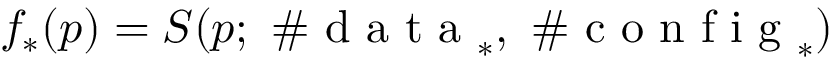
f _ { * } ( p ) = S ( p ; \mathrm { ~ \# ~ d ~ a ~ t ~ a ~ } _ { * } , \mathrm { ~ \# ~ c ~ o ~ n ~ f ~ i ~ g ~ } _ { * } )